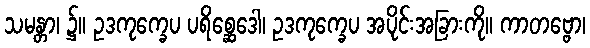
သမန္တာ၊ ၌။ ဥဒကုက္ခေပ ပရိစ္ဆေဒေါ၊ ဥဒကုက္ခေပ အပိုင်းအခြားကို။ ကာတဗ္ဗော၊